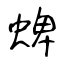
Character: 蜱